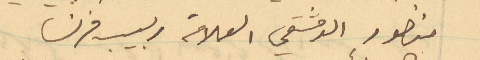
منصور الدمشقي العلامة ربيب فرنسا